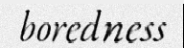
boredness